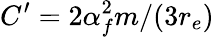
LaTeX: C^{\prime}=2\alpha_{f}^{2}m/(3r_{e})